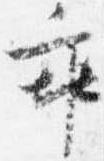
乖